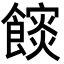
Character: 𮩏